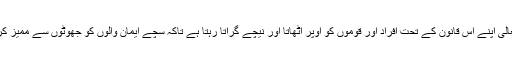
اللہ تعالی اپنے اس قانون کے تحت افراد اور قوموں کو اوپر اٹھاتا اور نیچے گراتا رہتا ہے تاکہ سچے ایمان والوں کو جھوٹوں سے ممیز کردے۔